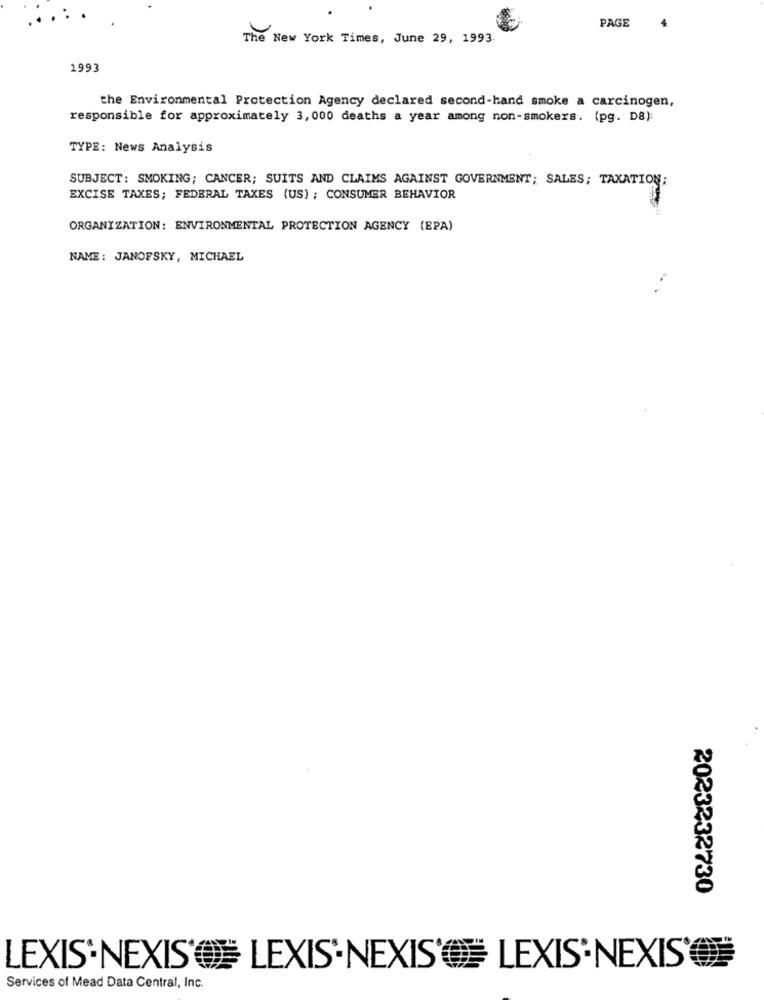
PAGE
The New York Times, June 29, 1993
1993
the Environmental Protection Agency declared second-hand smoke a carcinogen,
responsible for approximately 3,000 deaths a year among non-smokers. (pg. D8):
TYPE: News Analysis
SUBJECT: SMOKING; CANCER; SUITS AND CLAIMS AGAINST GOVERNMENT; SALES; TAXATION;
EXCISE TAXES; FEDERAL TAXES (US) ; CONSUMER BEHAVIOR
ORGANIZATION: ENVIRONMENTAL PROTECTION AGENCY (EPA)
NAME : JANOFSKY, MICHAEL
2023232730
LEXIS NEXIS' LEXIS'NEXIS' LEXIS'NEXIS'
Services of Mead Data Central, Inc.